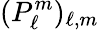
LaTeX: (P_{\ell}^{m})_{\ell,m}